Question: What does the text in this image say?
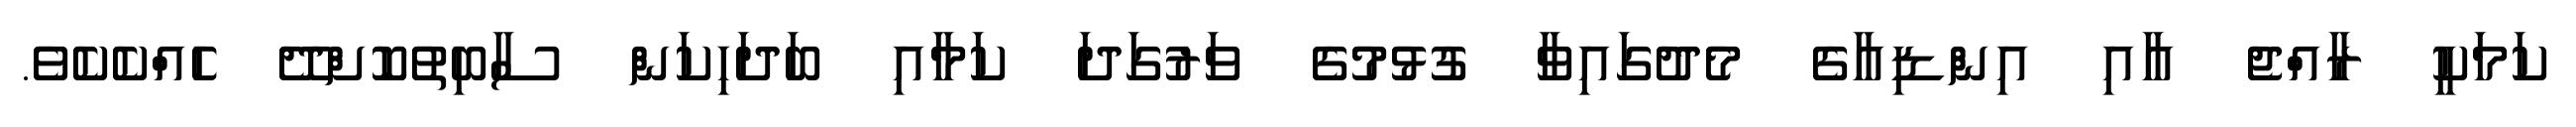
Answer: ކަމަކީ ރާއްޖެ އާއި އިންޑިއާގެ މެދުގައިވާ ގުޅުމުގެ ވަރުގަދަ ކަމާއި ބަދަހިކަން ސާބިތުކޮށްދޭ ހެއްކެކެވެ.